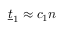
\underline { { t } } _ { 1 } \approx c _ { 1 } n